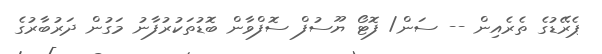
ޕެރޭޑުގެ ތެރެއިން -- ސަން/ ފޮޓޯ ޔޫސުފް ސޮފްވާން ބޮޑުތަކުރުފާނު މަގުން ދަރުބާރުގެ